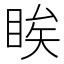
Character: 䀵